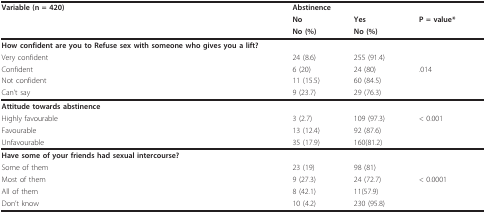
<table><thead><tr><td><b>Variable (n = 420)</b></td><td colspan="2"><b>Abstinence</b></td><td></td></tr><tr><td></td><td><b>No</b></td><td><b>Yes</b></td><td><b>P = value*</b></td></tr><tr><td></td><td><b>No (%)</b></td><td><b>No (%)</b></td><td></td></tr></thead><tbody><tr><td><b>How confident are you to Refuse sex with someone who gives you a lift?</b></td><td></td><td></td><td></td></tr><tr><td>Very confident</td><td>24 (8.6)</td><td>255 (91.4)</td><td></td></tr><tr><td>Confident</td><td>6 (20)</td><td>24 (80)</td><td>.014</td></tr><tr><td>Not confident</td><td>11 (15.5)</td><td>60 (84.5)</td><td></td></tr><tr><td>Can&#x27;t say</td><td>9 (23.7)</td><td>29 (76.3)</td><td></td></tr><tr><td><b>Attitude towards abstinence</b></td><td></td><td></td><td></td></tr><tr><td>Highly favourable</td><td>3 (2.7)</td><td>109 (97.3)</td><td>&lt; 0.001</td></tr><tr><td>Favourable</td><td>13 (12.4)</td><td>92 (87.6)</td><td></td></tr><tr><td>Unfavourable</td><td>35 (17.9)</td><td>160(81.2)</td><td></td></tr><tr><td><b>Have some of your friends had sexual intercourse?</b></td><td></td><td></td><td></td></tr><tr><td>Some of them</td><td>23 (19)</td><td>98 (81)</td><td></td></tr><tr><td>Most of them</td><td>9 (27.3)</td><td>24 (72.7)</td><td>&lt; 0.0001</td></tr><tr><td>All of them</td><td>8 (42.1)</td><td>11(57.9)</td><td></td></tr><tr><td>Don&#x27;t know</td><td>10 (4.2)</td><td>230 (95.8)</td><td></td></tr></tbody></table>